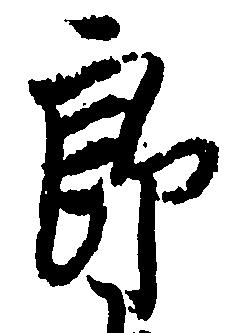
郎